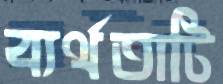
ব্যর্থতাটি